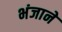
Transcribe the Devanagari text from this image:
भंजाने